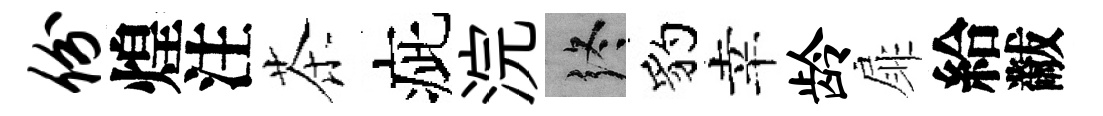
份煌注茶疵浣终豹幸龄扉給黻